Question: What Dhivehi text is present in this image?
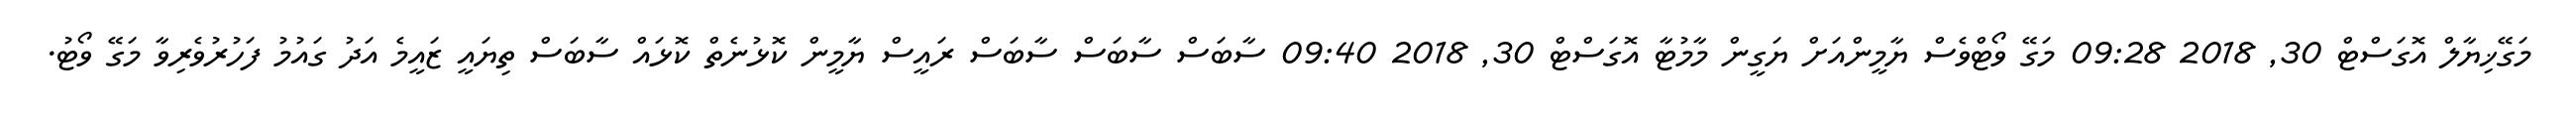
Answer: މަގޭޚިޔާލް އޮގަސްޓް 30, 2018 09:28 މަގޭ ވޯޓްވެސް ޔާމީންއަށް ޔަގީން މާމުޓާ އޮގަސްޓް 30, 2018 09:40 ސާބަސް ސާބަސް ސާބަސް ރައީސް ޔާމީން ކޮޅުނެތް ކޮޅައް ސާބަސް ތިޔައީ ޒައީމެ އަދު ގައުމު ފަހުރުވެރިވާ މަގޭ ވޯޓު.